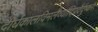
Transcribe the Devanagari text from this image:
दीर्घकालविमलैर्व्यादिप्रदैर्दुष्करैः